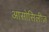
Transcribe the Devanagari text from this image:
आसोसिलीज़